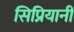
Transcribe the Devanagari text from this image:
सिप्रियानी